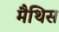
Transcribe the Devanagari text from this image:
मैथिस